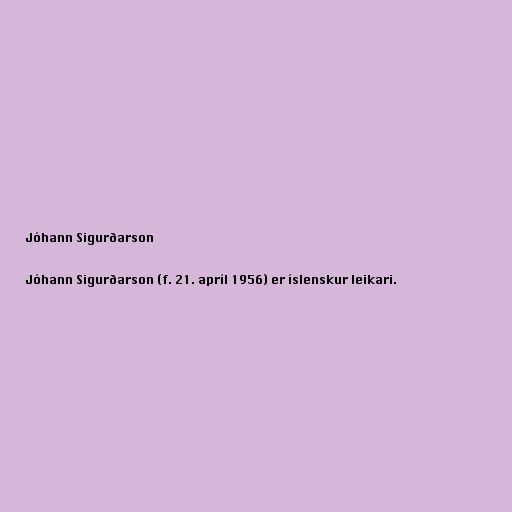
Jóhann Sigurðarson

Jóhann Sigurðarson (f. 21. apríl 1956) er íslenskur leikari.